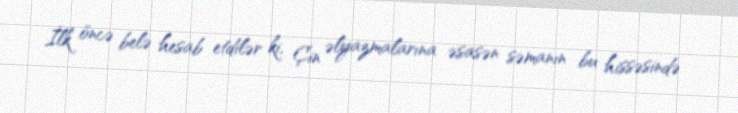
İlk öncə belə hesab etdilər ki, Çin əlyazmalarına əsasən səmanın bu hissəsində